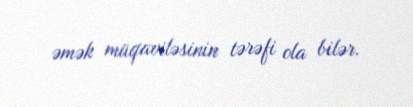
əmək müqaviləsinin tərəfi ola bilər.